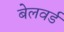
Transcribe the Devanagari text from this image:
बेलवर्ड